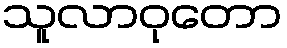
သူလာဝုတော